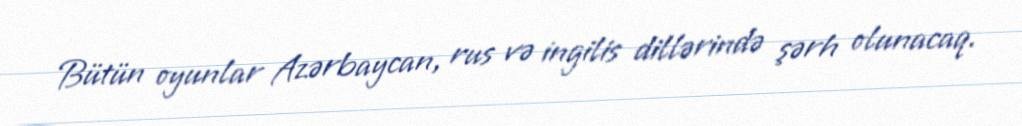
Bütün oyunlar Azərbaycan, rus və ingilis dillərində şərh olunacaq.